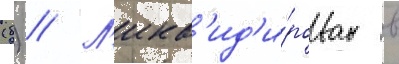
(б) // Л'икв'ид'и́рован в